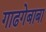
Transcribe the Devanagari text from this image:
गाढगेबाबा